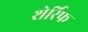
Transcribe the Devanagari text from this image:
शेर्रिफ